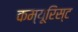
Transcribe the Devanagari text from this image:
कम्यूरिस्ट